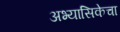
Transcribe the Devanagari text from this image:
अभ्यासिकेचा